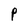
Character: P